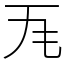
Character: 𭺜